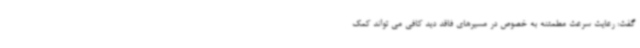
گفت: رعایت سرعت مطمئنه به خصوص در مسیرهای فاقد دید کافی می تواند کمک